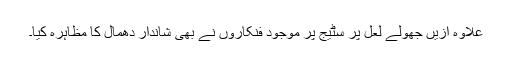
علاوہ ازیں جھولے لعل پر سٹیج پر موجود فنکاروں نے بھی شاندار دھمال کا مظاہرہ کیا۔